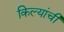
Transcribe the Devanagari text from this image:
किल्यांची